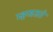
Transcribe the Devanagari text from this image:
म्हणजते